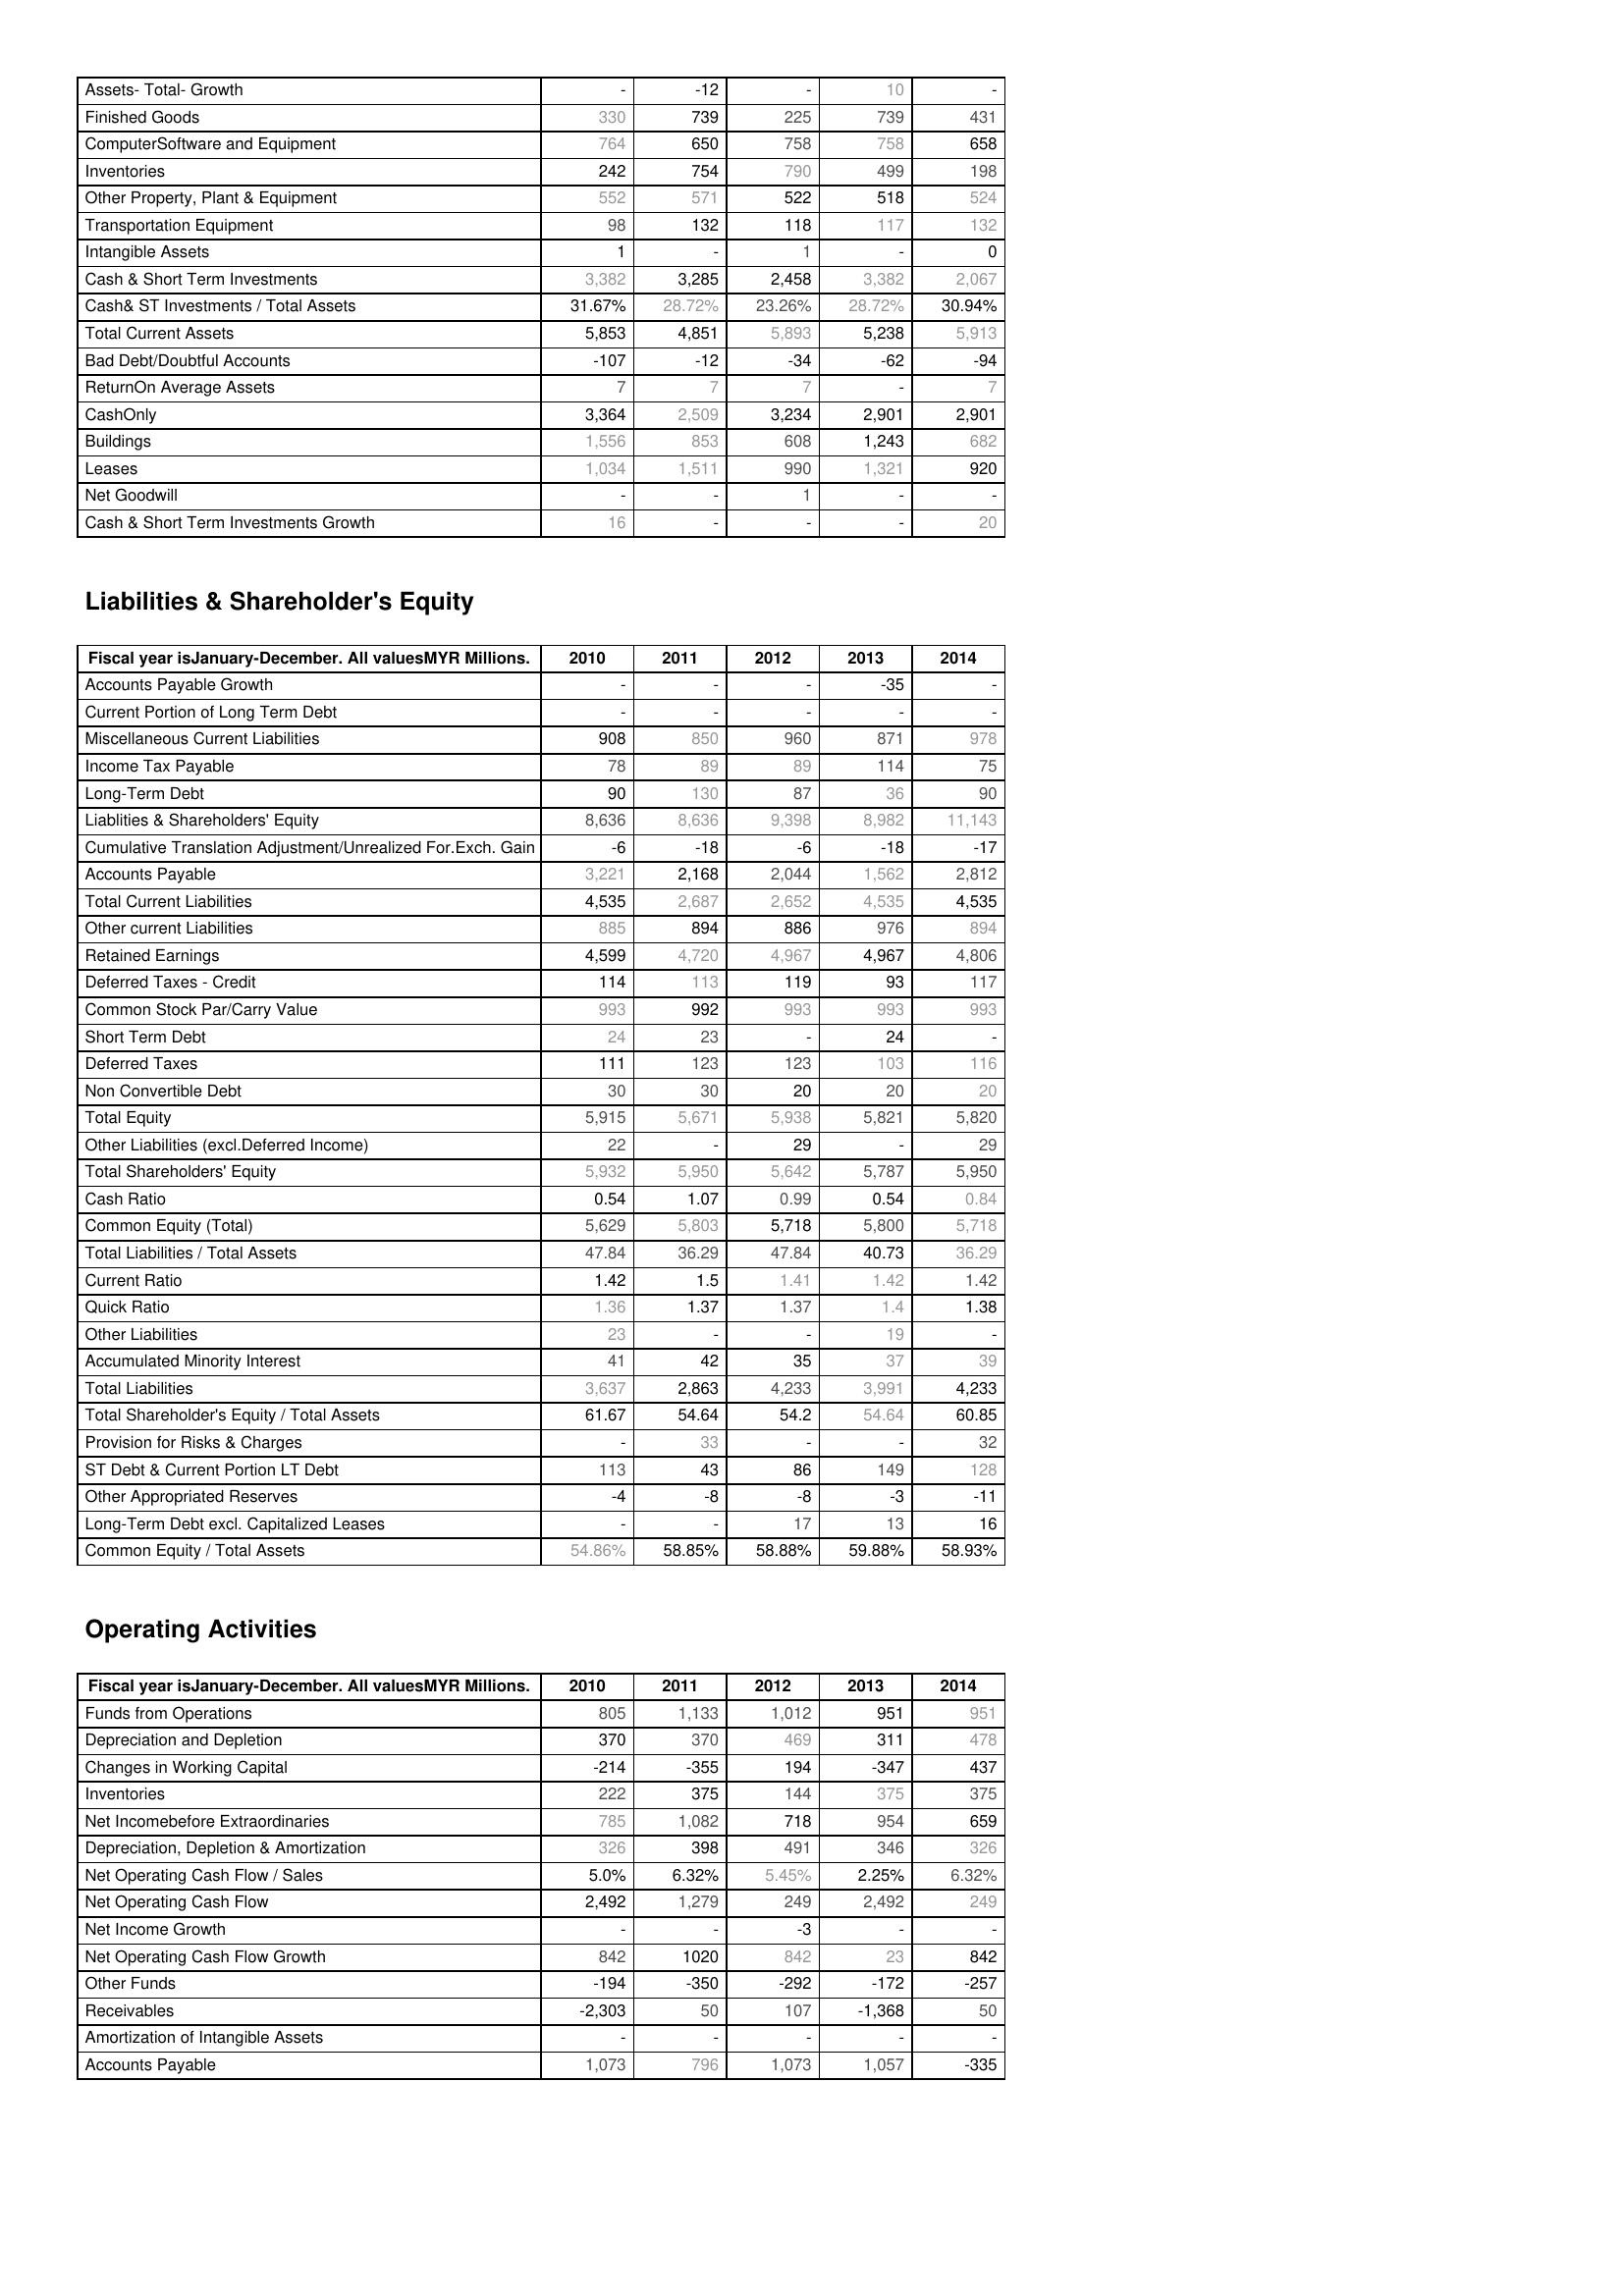
2010: Assets: Assets- Total- Growth: -
Finished Goods: 330
ComputerSoftware and Equipment: 764
Inventories: 242
Other Property, Plant & Equipment: 552
Transportation Equipment: 98
Intangible Assets: 1
Cash & Short Term Investments: 3,382
Cash& ST Investments / Total Assets: 31.67%
Total Current Assets: 5,853
Bad Debt/Doubtful Accounts: -107
ReturnOn Average Assets: 7
CashOnly: 3,364
Buildings: 1,556
Leases: 1,034
Net Goodwill: -
Cash & Short Term Investments Growth: 16
Liabilities & Shareholder's Equity: Accounts Payable Growth: -
Current Portion of Long Term Debt: -
Miscellaneous Current Liabilities: 908
Income Tax Payable: 78
Long-Term Debt: 90
Liablities & Shareholders' Equity: 8,636
Cumulative Translation Adjustment/Unrealized For.Exch. Gain: -6
Accounts Payable: 3,221
Total Current Liabilities: 4,535
Other current Liabilities: 885
Retained Earnings: 4,599
Deferred Taxes - Credit: 114
Common Stock Par/Carry Value: 993
Short Term Debt: 24
Deferred Taxes: 111
Non Convertible Debt: 30
Total Equity: 5,915
Other Liabilities (excl.Deferred Income): 22
Total Shareholders' Equity: 5,932
Cash Ratio: 0.54
Common Equity (Total): 5,629
Total Liabilities / Total Assets: 47.84
Current Ratio: 1.42
Quick Ratio: 1.36
Other Liabilities: 23
Accumulated Minority Interest: 41
Total Liabilities: 3,637
Total Shareholder's Equity / Total Assets: 61.67
Provision for Risks & Charges: -
ST Debt & Current Portion LT Debt: 113
Other Appropriated Reserves: -4
Long-Term Debt excl. Capitalized Leases: -
Common Equity / Total Assets: 54.86%
Operating Activities: Funds from Operations: 805
Depreciation and Depletion: 370
Changes in Working Capital: -214
Inventories: 222
Net Incomebefore Extraordinaries: 785
Depreciation, Depletion & Amortization: 326
Net Operating Cash Flow / Sales: 5.0%
Net Operating Cash Flow: 2,492
Net Income Growth: -
Net Operating Cash Flow Growth: 842
Other Funds: -194
Receivables: -2,303
Amortization of Intangible Assets: -
Accounts Payable: 1,073
2011: Assets: Assets- Total- Growth: -12
Finished Goods: 739
ComputerSoftware and Equipment: 650
Inventories: 754
Other Property, Plant & Equipment: 571
Transportation Equipment: 132
Intangible Assets: -
Cash & Short Term Investments: 3,285
Cash& ST Investments / Total Assets: 28.72%
Total Current Assets: 4,851
Bad Debt/Doubtful Accounts: -12
ReturnOn Average Assets: 7
CashOnly: 2,509
Buildings: 853
Leases: 1,511
Net Goodwill: -
Cash & Short Term Investments Growth: -
Liabilities & Shareholder's Equity: Accounts Payable Growth: -
Current Portion of Long Term Debt: -
Miscellaneous Current Liabilities: 850
Income Tax Payable: 89
Long-Term Debt: 130
Liablities & Shareholders' Equity: 8,636
Cumulative Translation Adjustment/Unrealized For.Exch. Gain: -18
Accounts Payable: 2,168
Total Current Liabilities: 2,687
Other current Liabilities: 894
Retained Earnings: 4,720
Deferred Taxes - Credit: 113
Common Stock Par/Carry Value: 992
Short Term Debt: 23
Deferred Taxes: 123
Non Convertible Debt: 30
Total Equity: 5,671
Other Liabilities (excl.Deferred Income): -
Total Shareholders' Equity: 5,950
Cash Ratio: 1.07
Common Equity (Total): 5,803
Total Liabilities / Total Assets: 36.29
Current Ratio: 1.5
Quick Ratio: 1.37
Other Liabilities: -
Accumulated Minority Interest: 42
Total Liabilities: 2,863
Total Shareholder's Equity / Total Assets: 54.64
Provision for Risks & Charges: 33
ST Debt & Current Portion LT Debt: 43
Other Appropriated Reserves: -8
Long-Term Debt excl. Capitalized Leases: -
Common Equity / Total Assets: 58.85%
Operating Activities: Funds from Operations: 1,133
Depreciation and Depletion: 370
Changes in Working Capital: -355
Inventories: 375
Net Incomebefore Extraordinaries: 1,082
Depreciation, Depletion & Amortization: 398
Net Operating Cash Flow / Sales: 6.32%
Net Operating Cash Flow: 1,279
Net Income Growth: -
Net Operating Cash Flow Growth: 1020
Other Funds: -350
Receivables: 50
Amortization of Intangible Assets: -
Accounts Payable: 796
2012: Assets: Assets- Total- Growth: -
Finished Goods: 225
ComputerSoftware and Equipment: 758
Inventories: 790
Other Property, Plant & Equipment: 522
Transportation Equipment: 118
Intangible Assets: 1
Cash & Short Term Investments: 2,458
Cash& ST Investments / Total Assets: 23.26%
Total Current Assets: 5,893
Bad Debt/Doubtful Accounts: -34
ReturnOn Average Assets: 7
CashOnly: 3,234
Buildings: 608
Leases: 990
Net Goodwill: 1
Cash & Short Term Investments Growth: -
Liabilities & Shareholder's Equity: Accounts Payable Growth: -
Current Portion of Long Term Debt: -
Miscellaneous Current Liabilities: 960
Income Tax Payable: 89
Long-Term Debt: 87
Liablities & Shareholders' Equity: 9,398
Cumulative Translation Adjustment/Unrealized For.Exch. Gain: -6
Accounts Payable: 2,044
Total Current Liabilities: 2,652
Other current Liabilities: 886
Retained Earnings: 4,967
Deferred Taxes - Credit: 119
Common Stock Par/Carry Value: 993
Short Term Debt: -
Deferred Taxes: 123
Non Convertible Debt: 20
Total Equity: 5,938
Other Liabilities (excl.Deferred Income): 29
Total Shareholders' Equity: 5,642
Cash Ratio: 0.99
Common Equity (Total): 5,718
Total Liabilities / Total Assets: 47.84
Current Ratio: 1.41
Quick Ratio: 1.37
Other Liabilities: -
Accumulated Minority Interest: 35
Total Liabilities: 4,233
Total Shareholder's Equity / Total Assets: 54.2
Provision for Risks & Charges: -
ST Debt & Current Portion LT Debt: 86
Other Appropriated Reserves: -8
Long-Term Debt excl. Capitalized Leases: 17
Common Equity / Total Assets: 58.88%
Operating Activities: Funds from Operations: 1,012
Depreciation and Depletion: 469
Changes in Working Capital: 194
Inventories: 144
Net Incomebefore Extraordinaries: 718
Depreciation, Depletion & Amortization: 491
Net Operating Cash Flow / Sales: 5.45%
Net Operating Cash Flow: 249
Net Income Growth: -3
Net Operating Cash Flow Growth: 842
Other Funds: -292
Receivables: 107
Amortization of Intangible Assets: -
Accounts Payable: 1,073
2013: Assets: Assets- Total- Growth: 10
Finished Goods: 739
ComputerSoftware and Equipment: 758
Inventories: 499
Other Property, Plant & Equipment: 518
Transportation Equipment: 117
Intangible Assets: -
Cash & Short Term Investments: 3,382
Cash& ST Investments / Total Assets: 28.72%
Total Current Assets: 5,238
Bad Debt/Doubtful Accounts: -62
ReturnOn Average Assets: -
CashOnly: 2,901
Buildings: 1,243
Leases: 1,321
Net Goodwill: -
Cash & Short Term Investments Growth: -
Liabilities & Shareholder's Equity: Accounts Payable Growth: -35
Current Portion of Long Term Debt: -
Miscellaneous Current Liabilities: 871
Income Tax Payable: 114
Long-Term Debt: 36
Liablities & Shareholders' Equity: 8,982
Cumulative Translation Adjustment/Unrealized For.Exch. Gain: -18
Accounts Payable: 1,562
Total Current Liabilities: 4,535
Other current Liabilities: 976
Retained Earnings: 4,967
Deferred Taxes - Credit: 93
Common Stock Par/Carry Value: 993
Short Term Debt: 24
Deferred Taxes: 103
Non Convertible Debt: 20
Total Equity: 5,821
Other Liabilities (excl.Deferred Income): -
Total Shareholders' Equity: 5,787
Cash Ratio: 0.54
Common Equity (Total): 5,800
Total Liabilities / Total Assets: 40.73
Current Ratio: 1.42
Quick Ratio: 1.4
Other Liabilities: 19
Accumulated Minority Interest: 37
Total Liabilities: 3,991
Total Shareholder's Equity / Total Assets: 54.64
Provision for Risks & Charges: -
ST Debt & Current Portion LT Debt: 149
Other Appropriated Reserves: -3
Long-Term Debt excl. Capitalized Leases: 13
Common Equity / Total Assets: 59.88%
Operating Activities: Funds from Operations: 951
Depreciation and Depletion: 311
Changes in Working Capital: -347
Inventories: 375
Net Incomebefore Extraordinaries: 954
Depreciation, Depletion & Amortization: 346
Net Operating Cash Flow / Sales: 2.25%
Net Operating Cash Flow: 2,492
Net Income Growth: -
Net Operating Cash Flow Growth: 23
Other Funds: -172
Receivables: -1,368
Amortization of Intangible Assets: -
Accounts Payable: 1,057
2014: Assets: Assets- Total- Growth: -
Finished Goods: 431
ComputerSoftware and Equipment: 658
Inventories: 198
Other Property, Plant & Equipment: 524
Transportation Equipment: 132
Intangible Assets: 0
Cash & Short Term Investments: 2,067
Cash& ST Investments / Total Assets: 30.94%
Total Current Assets: 5,913
Bad Debt/Doubtful Accounts: -94
ReturnOn Average Assets: 7
CashOnly: 2,901
Buildings: 682
Leases: 920
Net Goodwill: -
Cash & Short Term Investments Growth: 20
Liabilities & Shareholder's Equity: Accounts Payable Growth: -
Current Portion of Long Term Debt: -
Miscellaneous Current Liabilities: 978
Income Tax Payable: 75
Long-Term Debt: 90
Liablities & Shareholders' Equity: 11,143
Cumulative Translation Adjustment/Unrealized For.Exch. Gain: -17
Accounts Payable: 2,812
Total Current Liabilities: 4,535
Other current Liabilities: 894
Retained Earnings: 4,806
Deferred Taxes - Credit: 117
Common Stock Par/Carry Value: 993
Short Term Debt: -
Deferred Taxes: 116
Non Convertible Debt: 20
Total Equity: 5,820
Other Liabilities (excl.Deferred Income): 29
Total Shareholders' Equity: 5,950
Cash Ratio: 0.84
Common Equity (Total): 5,718
Total Liabilities / Total Assets: 36.29
Current Ratio: 1.42
Quick Ratio: 1.38
Other Liabilities: -
Accumulated Minority Interest: 39
Total Liabilities: 4,233
Total Shareholder's Equity / Total Assets: 60.85
Provision for Risks & Charges: 32
ST Debt & Current Portion LT Debt: 128
Other Appropriated Reserves: -11
Long-Term Debt excl. Capitalized Leases: 16
Common Equity / Total Assets: 58.93%
Operating Activities: Funds from Operations: 951
Depreciation and Depletion: 478
Changes in Working Capital: 437
Inventories: 375
Net Incomebefore Extraordinaries: 659
Depreciation, Depletion & Amortization: 326
Net Operating Cash Flow / Sales: 6.32%
Net Operating Cash Flow: 249
Net Income Growth: -
Net Operating Cash Flow Growth: 842
Other Funds: -257
Receivables: 50
Amortization of Intangible Assets: -
Accounts Payable: -335